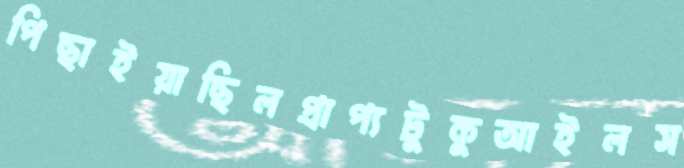
পিছাইয়াছিলপ্রাপ্যটুকুআইলস